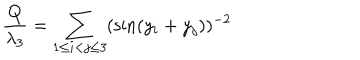
\frac { Q } { \lambda _ { 3 } } = \sum _ { 1 \le i < j \le 3 } ( \sin ( y _ { i } + y _ { j } ) ) ^ { - 2 }